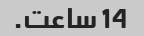
14 ساعت.